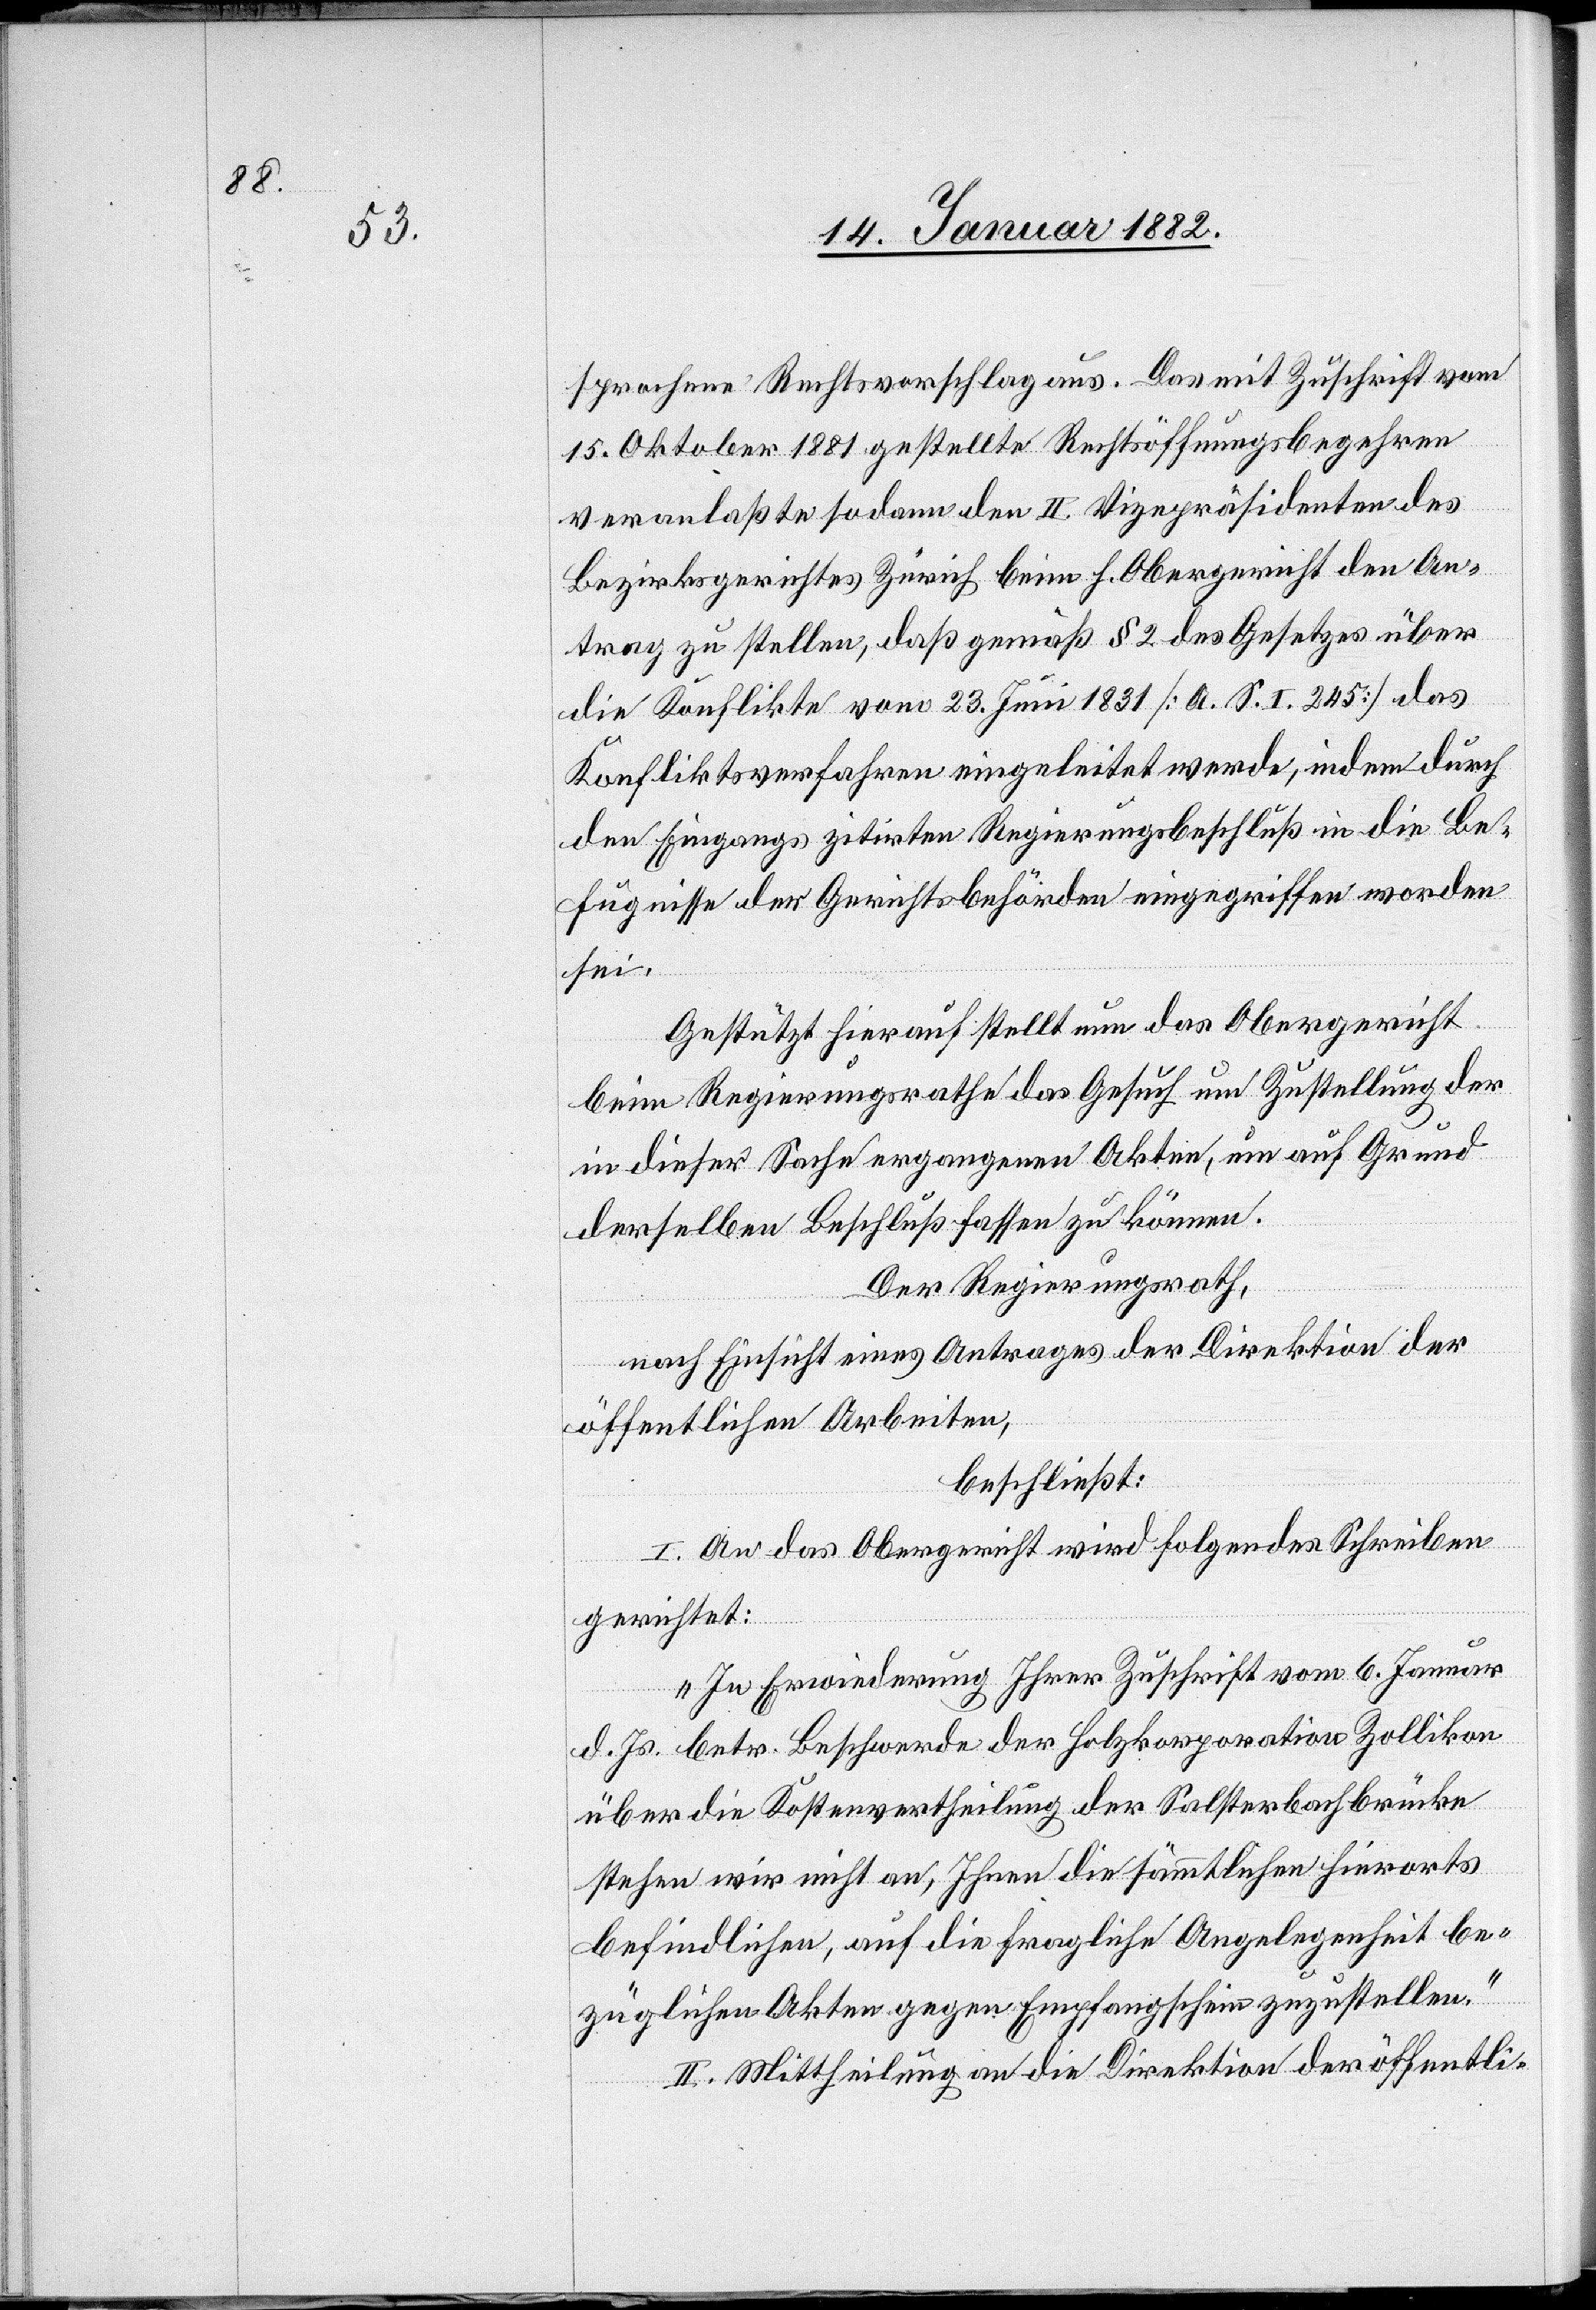
sprochene Rechtsvorschlag aus. Das mit Zuschrift vom
15. Oktober 1881 gestellte Rechtsöffnungsbegehren
veranlaßte sodann den II. Vizepräsidenten des
Bezirksgerichtes Zürich beim h. Obergericht den An¬
trag zu stellen, daß gemäß § 2 des Gesetzes über
die Konflikte vom 23. Juni 1831 [A. S. I. 245] das
Konfliktsverfahren eingeleitet werde, indem durch
den Eingangs zitirten Regierungsbeschluß in die Be¬
fugnisse der Gerichtsbehörde eingegriffen worden
sei.
Gestützt hierauf stellt nun das Obergericht
beim Regierungsrathe das Gesuch um Zustellung der
in dieser Sache ergangenen Akten, um auf Grund
derselben Beschluß fassen zu können.
Der Regierungsrath,
nach Einsicht eines Antrages der Direktion der
öffentlichen Arbeiten,
beschließt:
I. An das Obergericht wird folgendes Schreiben
gerichtet:
„In Erwiederung Ihrer Zuschrift vom 6. Januar
d. Js. betr. Beschwerde der Holzkorporation Zollikon
über die Kostenvertheilung der Salsterbachbrücke
stehen wir nicht an, Ihnen die sämmtlichen hierorts
befindlichen, auf die fragliche Angelegenheit be¬
züglichen Akten gegen Empfangschein zuzustellen.“
II. Mittheilung an die Direktion der öffentli-